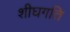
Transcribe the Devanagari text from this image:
शीघगति